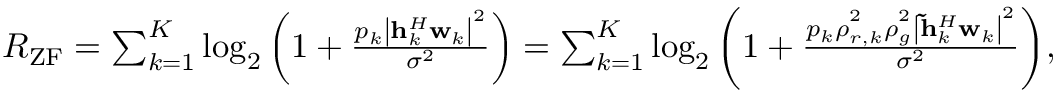
\begin{array} { r } { { R _ { \mathrm { { Z F } } } } = \sum _ { k = 1 } ^ { K } { { { \log } _ { 2 } } \left( { 1 + \frac { { { p _ { k } } { { \left| { { \bf { h } } _ { k } ^ { H } { { \bf { w } } _ { k } } } \right| } ^ { 2 } } } } { { { \sigma ^ { 2 } } } } } \right) } = \sum _ { k = 1 } ^ { K } { { { \log } _ { 2 } } \left( { 1 + \frac { { { p _ { k } } \rho _ { r , k } ^ { ^ 2 } \rho _ { g } ^ { ^ 2 } { { \left| { { \bf { \tilde { h } } } _ { k } ^ { H } { { \bf { w } } _ { k } } } \right| } ^ { 2 } } } } { { { \sigma ^ { 2 } } } } } \right) } , } \end{array}